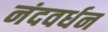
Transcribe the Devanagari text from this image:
नंदवर्धन